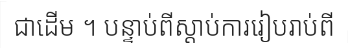
ជាដើម ។ បន្ទាប់ពីស្តាប់ការរៀបរាប់ពី